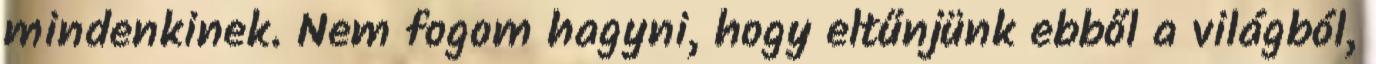
mindenkinek. Nem fogom hagyni, hogy eltűnjünk ebből a világból,